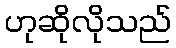
ဟုဆိုလိုသည်